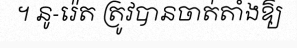
។ នូ-រ៉េត ត្រូវបានចាត់តាំងឱ្យ